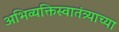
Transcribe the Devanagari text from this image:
अभिव्यक्तिस्वातंत्र्याच्या